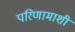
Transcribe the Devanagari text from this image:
परिणामाशी